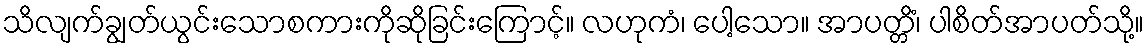
သိလျက်ချွတ်ယွင်းသောစကားကိုဆိုခြင်းကြောင့်။ လဟုကံ၊ ပေါ့သော။ အာပတ္တိံ၊ ပါစိတ်အာပတ်သို့။